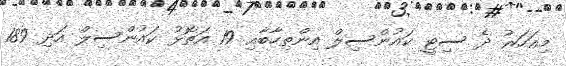
މިއަހަރު ދެ ސިޓީ ކައުންސިލް އިންތިހާބާއި 19 އަތޮޅު ކައުންސިލް އަދި 189